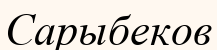
Сарыбеков